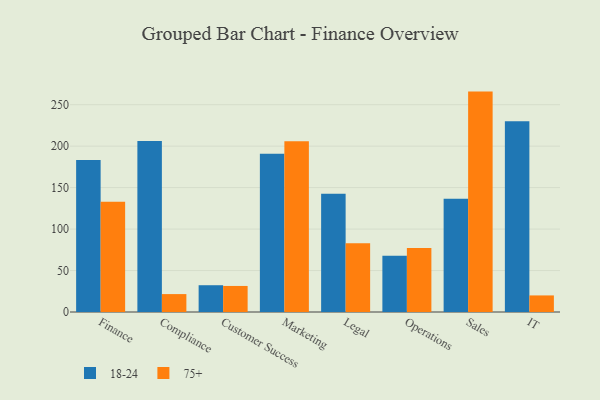
{"axis": {"x": "Department", "y": "Population (Million)"}, "legend": ["18-24", "75+"], "data": [{"x": "Finance", "y": 183.2, "type": "18-24"}, {"x": "Finance", "y": 133.1, "type": "75+"}, {"x": "Compliance", "y": 206.3, "type": "18-24"}, {"x": "Compliance", "y": 21.6, "type": "75+"}, {"x": "Customer Success", "y": 32.3, "type": "18-24"}, {"x": "Customer Success", "y": 31.4, "type": "75+"}, {"x": "Marketing", "y": 190.9, "type": "18-24"}, {"x": "Marketing", "y": 206.0, "type": "75+"}, {"x": "Legal", "y": 142.5, "type": "18-24"}, {"x": "Legal", "y": 82.9, "type": "75+"}, {"x": "Operations", "y": 67.7, "type": "18-24"}, {"x": "Operations", "y": 77.3, "type": "75+"}, {"x": "Sales", "y": 136.6, "type": "18-24"}, {"x": "Sales", "y": 265.8, "type": "75+"}, {"x": "IT", "y": 229.9, "type": "18-24"}, {"x": "IT", "y": 20.0, "type": "75+"}]}